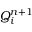
Q _ { i } ^ { n + 1 }